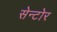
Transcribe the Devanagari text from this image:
सेन्टोर